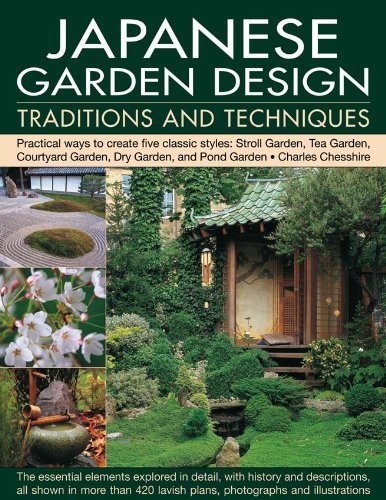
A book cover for Japanese Garden Design Traditions & Techniques by Chesshire, Charles. (Anness,2012) [Paperback]; Crafts, Hobbies & Home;